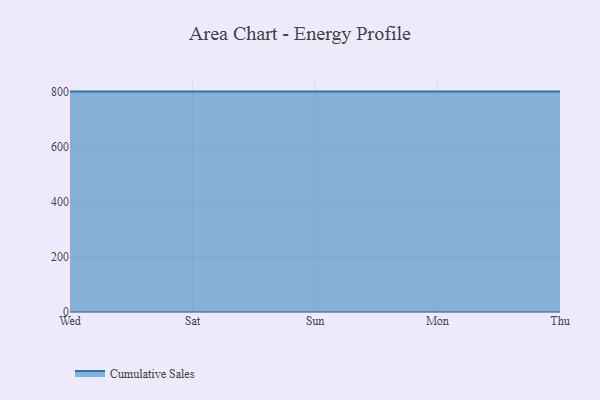
{"axis": {"x": "Day", "y": "Humidity (%)"}, "legend": ["Cumulative Sales"], "data": [{"x": "Wed", "y": 800, "type": "Cumulative Sales"}, {"x": "Sat", "y": 800, "type": "Cumulative Sales"}, {"x": "Sun", "y": 800, "type": "Cumulative Sales"}, {"x": "Mon", "y": 800, "type": "Cumulative Sales"}, {"x": "Thu", "y": 800, "type": "Cumulative Sales"}]}